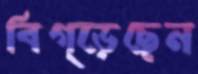
বিগ্‌ড়েছেন